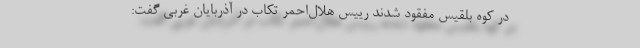
در کوه بلقیس مفقود شدند رییس هلال‌احمر تکاب در آذربایان غربی گفت: